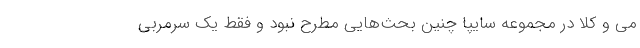
مِی و کلاً در مجموعه سایپا چنین بحث‌هایی مطرح نبود و فقط یک سرمربی